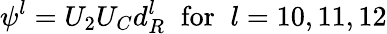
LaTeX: \psi^{l}=U_{2}U_{C}d_{R}^{l}\; \; \mathrm{for}\; \; l=10,11,12